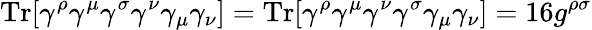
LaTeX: \mathrm{Tr}[\gamma^{\rho}\gamma^{\mu}\gamma^{\sigma}\gamma^{\nu}\gamma_{\mu}\gamma_{\nu}]=\mathrm{Tr}[\gamma^{\rho}\gamma^{\mu}\gamma^{\nu}\gamma^{\sigma}\gamma_{\mu}\gamma_{\nu}]=16g^{\rho\sigma}